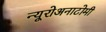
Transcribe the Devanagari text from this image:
न्यूरोअनाटोमी